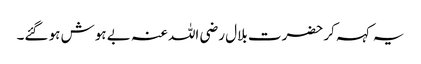
یہ کہہ کر حضرت بلال رضی اللہ عنہ بے ہوش ہو گئے۔